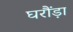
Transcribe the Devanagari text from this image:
घरौंड़ा